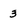
Character: 3